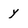
Character: y